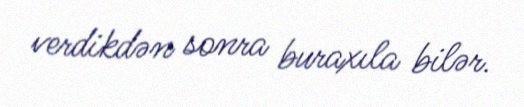
verdikdən sonra buraxıla bilər.